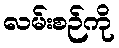
လမ်းစဉ်ကို